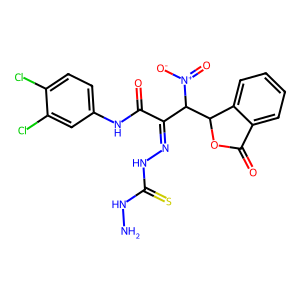
SMILES: NNC(=S)NN=C(C(=O)Nc1ccc(Cl)c(Cl)c1)C(C1OC(=O)c2ccccc21)[N+](=O)[O-]
Inhibits HIV replication: No